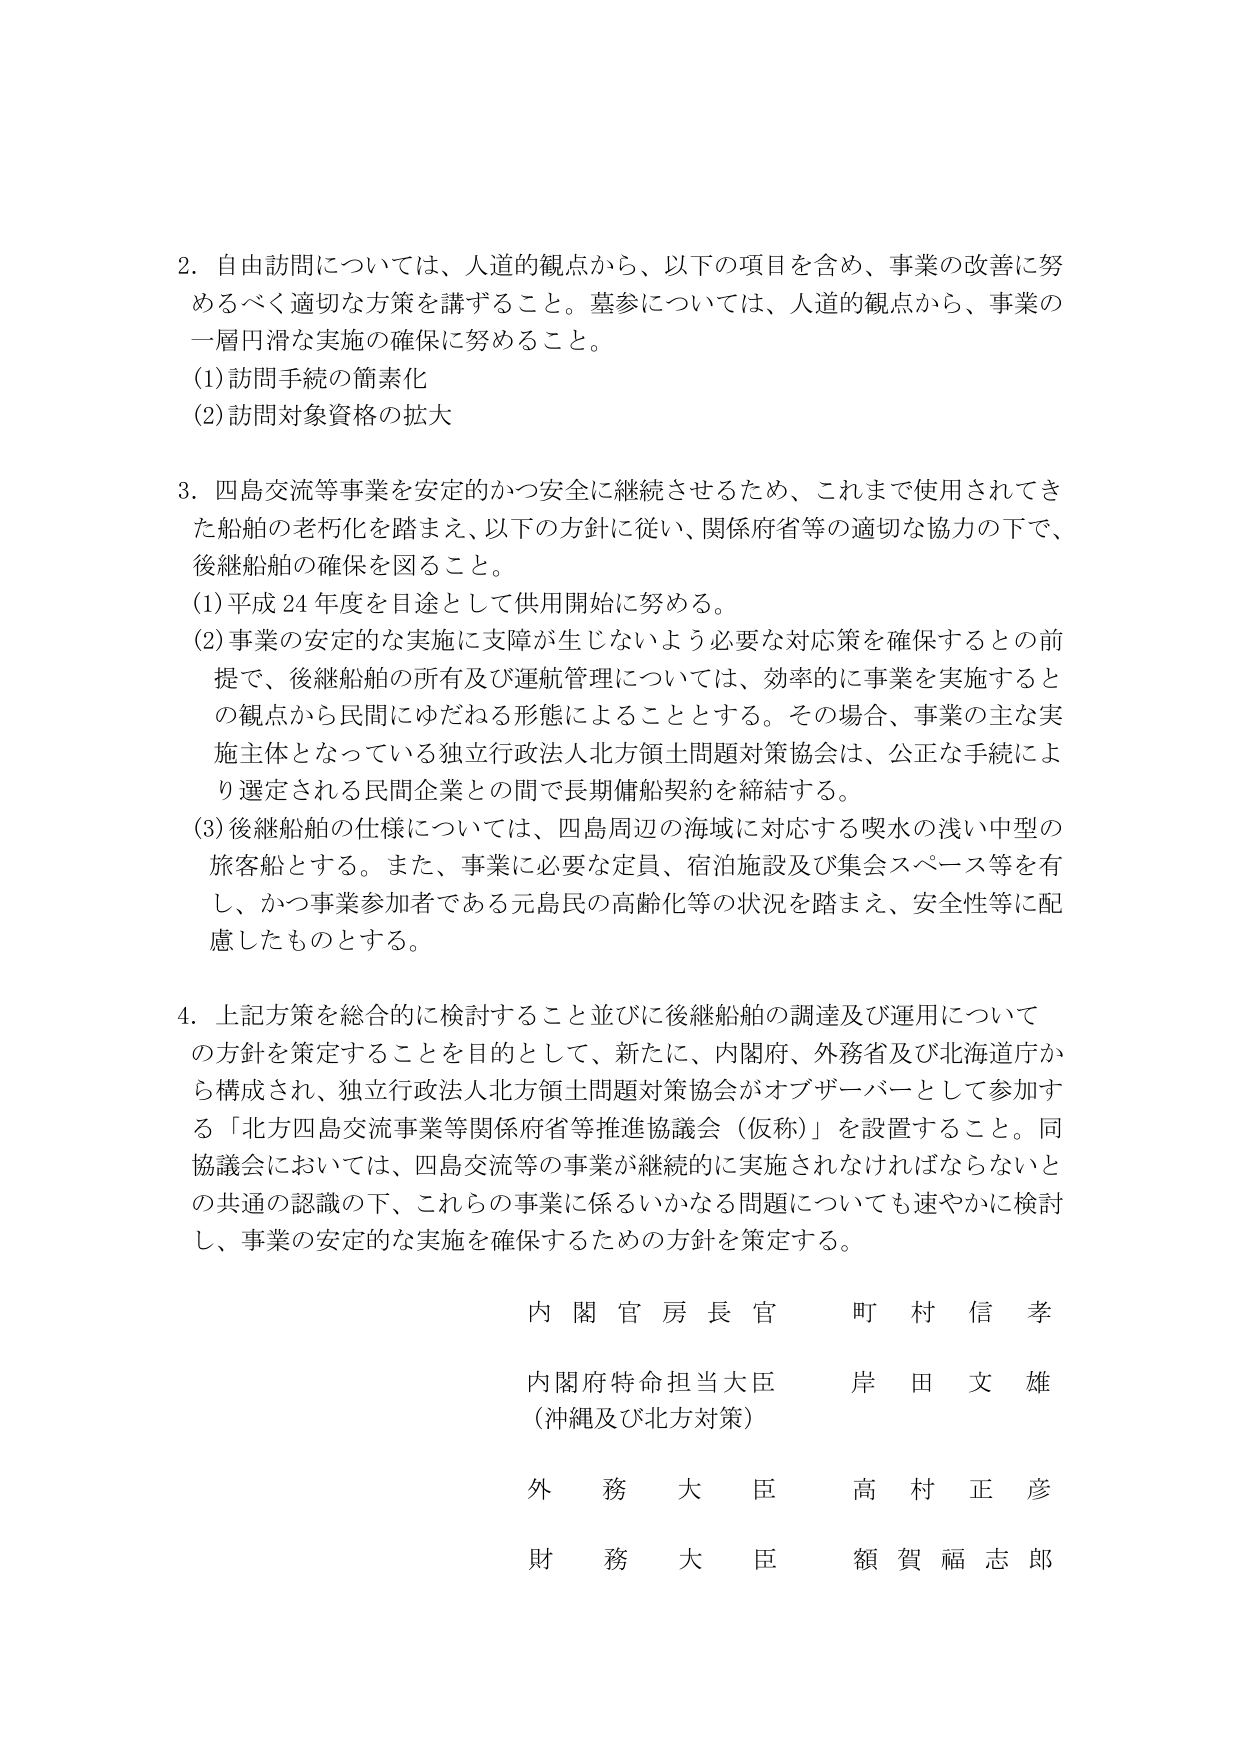
2. 自由訪問については、人道的観点から、以下の項目を含め、事業の改善に努めるべく適切な方策を講ずること。墓参については、人道的観点から、事業の一層円滑な実施の確保に努めること。
(1) 訪問手続の簡素化
(2) 訪問対象資格の拡大

3. 四島交流等事業を安定的かつ安全に継続させるため、これまで使用されてきた船舶の老朽化を踏まえ、以下の方針に従い、関係府省等の適切な協力の下で、後継船舶の確保を図ること。
(1) 平成24年度を目途として供用開始に努める。
(2) 事業の安定的な実施に支障が生じないよう必要な対応策を確保するとの前提で、後継船舶の所有及び運航管理については、効率的に事業を実施するとの観点から民間にゆだねる形態によることとする。その場合、事業の主な実施主体となっている独立行政法人北方領土問題対策協会は、公正な手続により選定される民間企業との間で長期傭船契約を締結する。
(3) 後継船舶の仕様については、四島周辺の海域に対応する喫水の浅い中型の旅客船とする。また、事業に必要な定員、宿泊施設及び集会スペース等を有し、かつ事業参加者である元島民の高齢化等の状況を踏まえ、安全性等に配慮したものとする。

4. 上記方策を総合的に検討すること並びに後継船舶の調達及び運用についての方針を策定することを目的として、新たに、内閣府、外務省及び北海道庁から構成され、独立行政法人北方領土問題対策協会がオブザーバーとして参加する「北方四島交流事業等関係府省等推進協議会（仮称）」を設置すること。同協議会においては、四島交流等の事業が継続的に実施されなければならないとの共通の認識の下、これらの事業に係るいかなる問題についても速やかに検討し、事業の安定的な実施を確保するための方針を策定する。

内閣官房長官 町村信孝
内閣府特命担当大臣 岸田文雄
（沖縄及び北方対策）
外務大臣 高村正彦
財務大臣 額賀福志郎